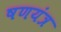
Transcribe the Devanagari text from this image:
षणयंत्र